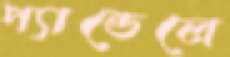
প্যান্ডেলে